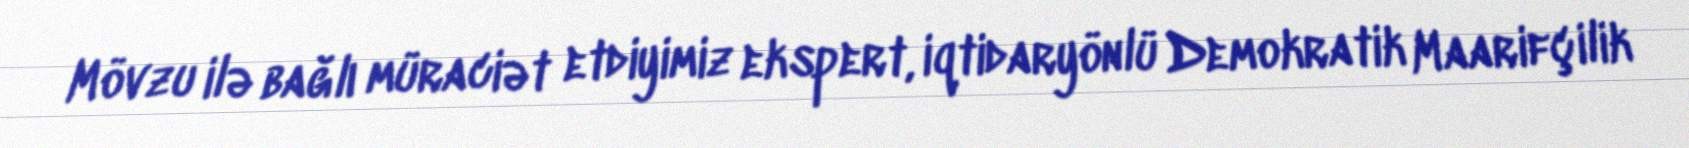
Mövzu ilə bağlı müraciət etdiyimiz ekspert, iqtidaryönlü Demokratik Maarifçilik